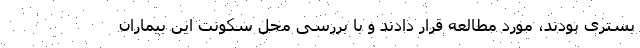
بستری بودند، مورد مطالعه قرار دادند و با بررسی محل سکونت این بیماران